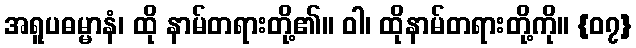
အရူပဓမ္မာနံ၊ ထို နာမ်တရားတို့၏။ ဝါ၊ ထိုနာမ်တရားတို့ကို။ {၀၇}